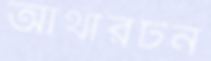
আথারটন